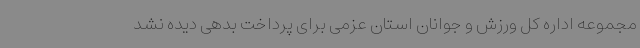
مجموعه اداره کل ورزش و جوانان استان عزمی برای پرداخت بدهی دیده نشد